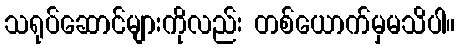
သရုပ်ဆောင်များကိုလည်း တစ်ယောက်မှမသိပါ။